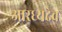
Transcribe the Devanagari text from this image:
आरध्यदेव